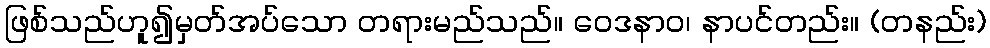
ဖြစ်သည်ဟူ၍မှတ်အပ်သော တရားမည်သည်။ ဝေဒနာဝ၊ နာပင်တည်း။ (တနည်း)